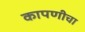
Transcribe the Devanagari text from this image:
कापणीचा